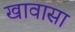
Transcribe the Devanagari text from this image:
खावासा